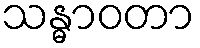
သန္ဓာဝတာ